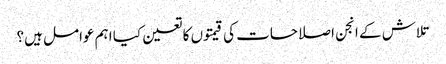
تلاش کے انجن اصلاحات کی قیمتوں کا تعین کیا اہم عوامل ہیں؟